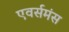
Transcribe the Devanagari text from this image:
एवर्समंस